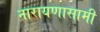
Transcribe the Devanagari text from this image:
नारायणासामी